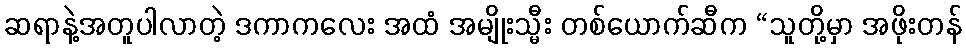
ဆရာနဲ့အတူပါလာတဲ့ ဒကာကလေး အထံ အမျိုးသ္မီး တစ်ယောက်ဆီက “သူတို့မှာ အဖိုးတန်